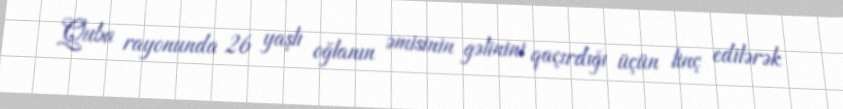
Quba rayonunda 26 yaşlı oğlanın əmisinin gəlinini qaçırdığı üçün linç edilərək